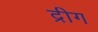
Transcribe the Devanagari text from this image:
द्रीग